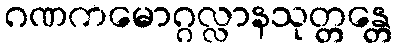
ဂဏကမောဂ္ဂလ္လာနသုတ္တန္တေ